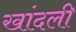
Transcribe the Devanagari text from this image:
खांदली